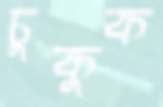
চুকুক